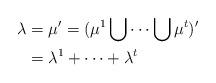
LaTeX: \begin{align*}\lambda&=\mu'=(\mu^1\bigcup\cdots \bigcup \mu^t)'\cr&=\lambda^1+\cdots+\lambda^t\end{align*}